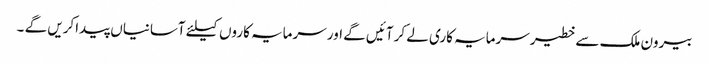
بیرون ملک سے خطیر سرمایہ کاری لے کر آئیں گے اور سرمایہ کاروں کیلئے آسانیاں پیداکریں گے ۔